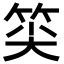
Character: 𥭍